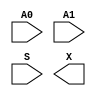
// This program was cloned from: https://github.com/lnis-uofu/SOFA
// License: MIT License

//Generated from netlist by SpyDrNet
//netlist name: FPGA88_SOFA_A
module sky130_fd_sc_hd__mux2_1_wrapper
(
    A0,
    A1,
    S,
    X
);

    input A0;
    input A1;
    input S;
    output X;

    wire A0;
    wire A1;
    wire S;
    wire X;

endmodule